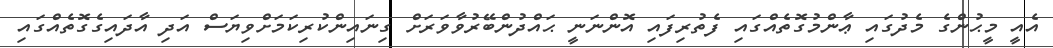
އެއީ މީޙުންގެ މެދުގައި ޢާންމުގޮތެއްގައި ފެތުރިފައި އޮންނަނީ ޙައްދުންބޭރުވާވަރަށް ގިނައިންކުރިކަމަށްވިޔަސް އަދި އާދައިގެގޮތެއްގައި